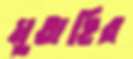
মুতাহির